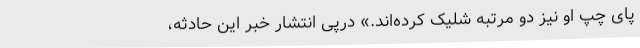
پای چپ او نیز دو مرتبه شلیک کرده‌اند.» درپی انتشار خبر این حادثه،